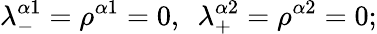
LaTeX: \lambda_{-}^{\alpha 1}=\rho^{\alpha 1}=0,\ \ \lambda_{+}^{\alpha 2}=\rho^{\alpha 2}=0;